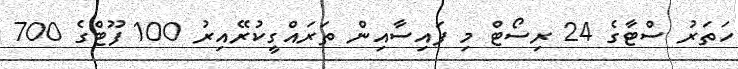
ހަތަރު ސްޓާގެ 24 ރިސޯޓް މި ފައިސާއިން ތަރައްގީކުރޭއިރު 100 ފޫޓްގެ 700